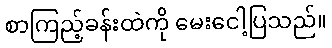
စာကြည့်ခန်းထဲကို မေးငေါ့ပြသည်။